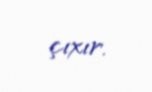
çıxır.